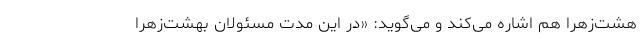
هشت‌زهرا هم اشاره می‌کند و می‌گوید: «در این مدت مسئولان بهشت‌زهرا